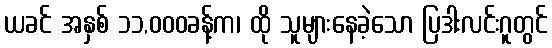
ယခင် အနှစ် ၁၁,၀၀၀ခန့်က၊ ထို သူများနေခဲ့သော ပြဒါးလင်းဂူတွင်